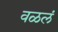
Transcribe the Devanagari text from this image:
वळलं